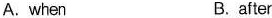
A. when B. after